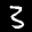
Label: 3